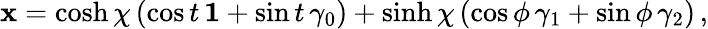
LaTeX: {\mathbf x}=\cosh\chi\, (\cos t\, {\mathbf 1}+\sin t\, \gamma_{0})+\sinh\chi\, (\cos\phi\, \gamma_{1}+\sin\phi\, \gamma_{2})\, ,